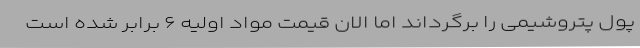
پول پتروشیمی را برگرداند اما الان قیمت مواد اولیه ۶ برابر شده است